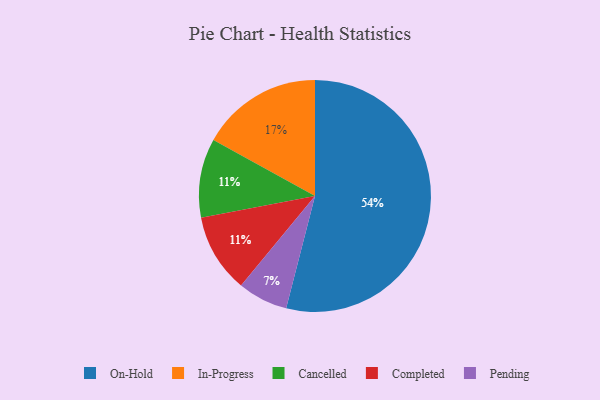
{"axis": {"x": "Category", "y": "Percentage"}, "legend": ["Cancelled", "Completed", "In-Progress", "On-Hold", "Pending"], "data": [{"x": "Cancelled", "y": 11, "type": "Cancelled"}, {"x": "Pending", "y": 7, "type": "Pending"}, {"x": "On-Hold", "y": 54, "type": "On-Hold"}, {"x": "Completed", "y": 11, "type": "Completed"}, {"x": "In-Progress", "y": 17, "type": "In-Progress"}]}